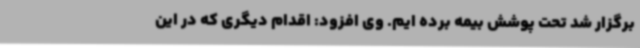
برگزار شد تحت پوشش بیمه برده ایم. وی افزود: اقدام دیگری که در این